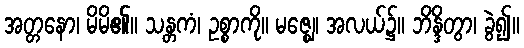
အတ္တနော၊ မိမိ၏။ သန္တကံ၊ ဥစ္စာကို။ မဇ္ဈေ၊ အလယ်၌။ ဘိန္ဒိတွာ၊ ခွဲ၍။